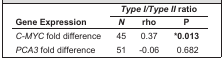
<table><thead><tr><td rowspan="2"><b>Gene Expression</b></td><td colspan="4"><b><i>Type I/Type II</i> ratio</b></td></tr><tr><td><b><i>N</i></b></td><td><b>rho</b></td><td><b>P</b></td></tr></thead><tbody><tr><td><i>C-MYC</i> fold difference</td><td>45</td><td>0.37</td><td><b>*0.013</b></td></tr><tr><td><i>PCA3</i> fold difference</td><td>51</td><td>-0.06</td><td>0.682</td></tr></tbody></table>